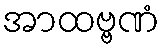
အာထဗ္ဗဏံ